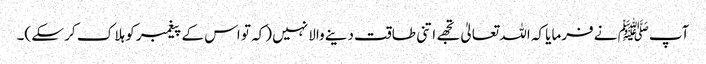
آپﷺ نے فرمایا کہ اللہ تعالیٰ تجھے اتنی طاقت دینے والا نہیں (کہ تو اس کے پیغمبر کو ہلا ک کر سکے )۔